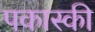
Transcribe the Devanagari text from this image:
पकास्की